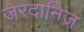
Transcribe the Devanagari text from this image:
जेरदानिज़